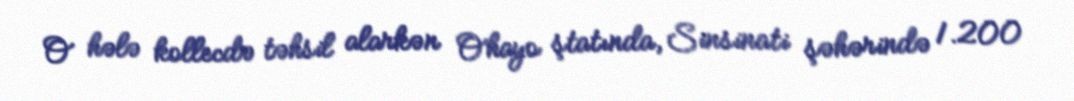
O hələ kollecdə təhsil alarkən Ohayo ştatında, Sinsinati şəhərində 1.200